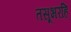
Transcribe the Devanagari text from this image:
तसूभरहि